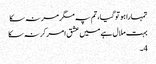
تمہارا ہو تو گیا، تم پہ مگر مر نہ سکا
بہت ملال ہے میں عشق امر کر نہ سکا
4۔